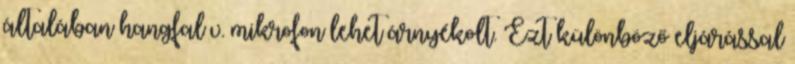
általában hangfal v. mikrofon lehet árnyékolt. Ezt különböző eljárással